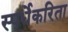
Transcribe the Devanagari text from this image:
स्पर्धेकरिता